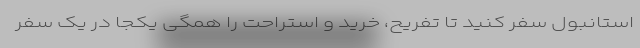
استانبول سفر کنید تا تفریح، خرید و استراحت را همگی یکجا در یک سفر